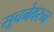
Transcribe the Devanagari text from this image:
सूचनेवरुन